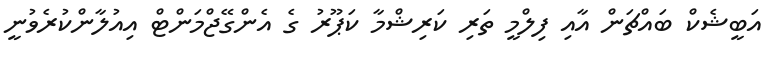
އަބީޝެކް ބައްޗަން އާއި ފިލްމީ ތަރި ކަރިޝްމާ ކަޕޫރު ގެ އެންގޭޖްމަންޓް އިއުލާންކުރެވުނީ